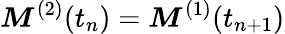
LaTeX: \boldsymbol{M}^{(2)}(t_{n})=\boldsymbol{M}^{(1)}(t_{n+1})